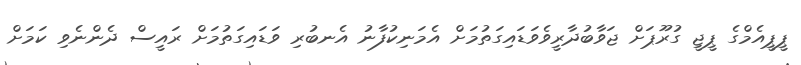
ޕީޕީއެމްގެ ޕީޖީ ގުރޫޕަށް ޖަވާބުދާރީވެވަޑައިގަތުމަށް އެމަނިކުފާނު އެނބުރި ވަޑައިގަތުމަށް ރައީސް ދެންނެވި ކަމަށް